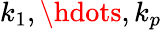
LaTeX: k_{1},\hdots,k_{p}